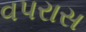
વપરાસ